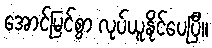
အောင်မြင်စွာ လုပ်ယူနိုင်ပေပြီ။